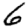
Digit: 6